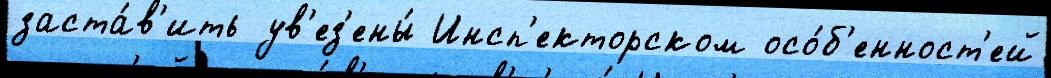
заста́в'ить ув'ез'ены́ Инсп'екторском осо́б'енност'ей